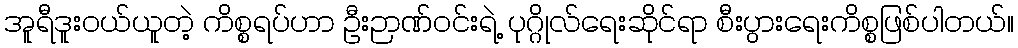
အူရီဒူးဝယ်ယူတဲ့ ကိစ္စရပ်ဟာ ဦးဉာဏ်ဝင်းရဲ့ ပုဂ္ဂိုလ်ရေးဆိုင်ရာ စီးပွားရေးကိစ္စဖြစ်ပါတယ်။